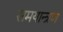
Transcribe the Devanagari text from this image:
समयान्त्रण